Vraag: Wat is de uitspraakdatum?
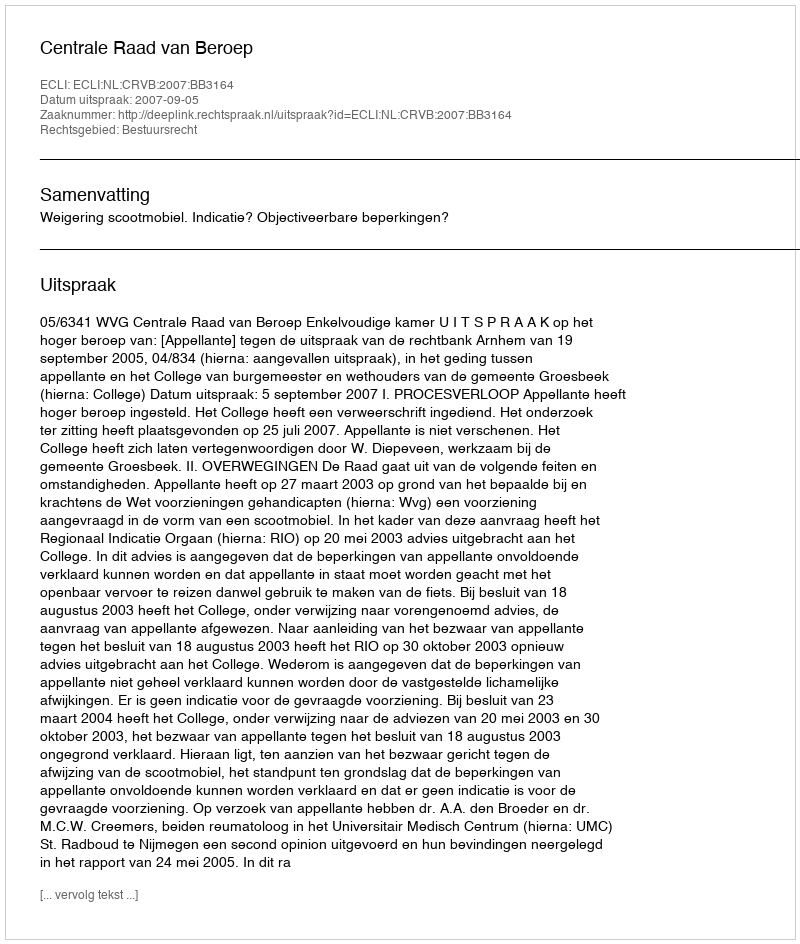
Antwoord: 2007-09-05